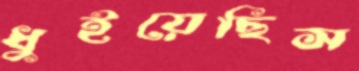
ধুইয়েছিস